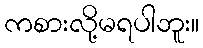
ကစားလို့မရပါဘူး။